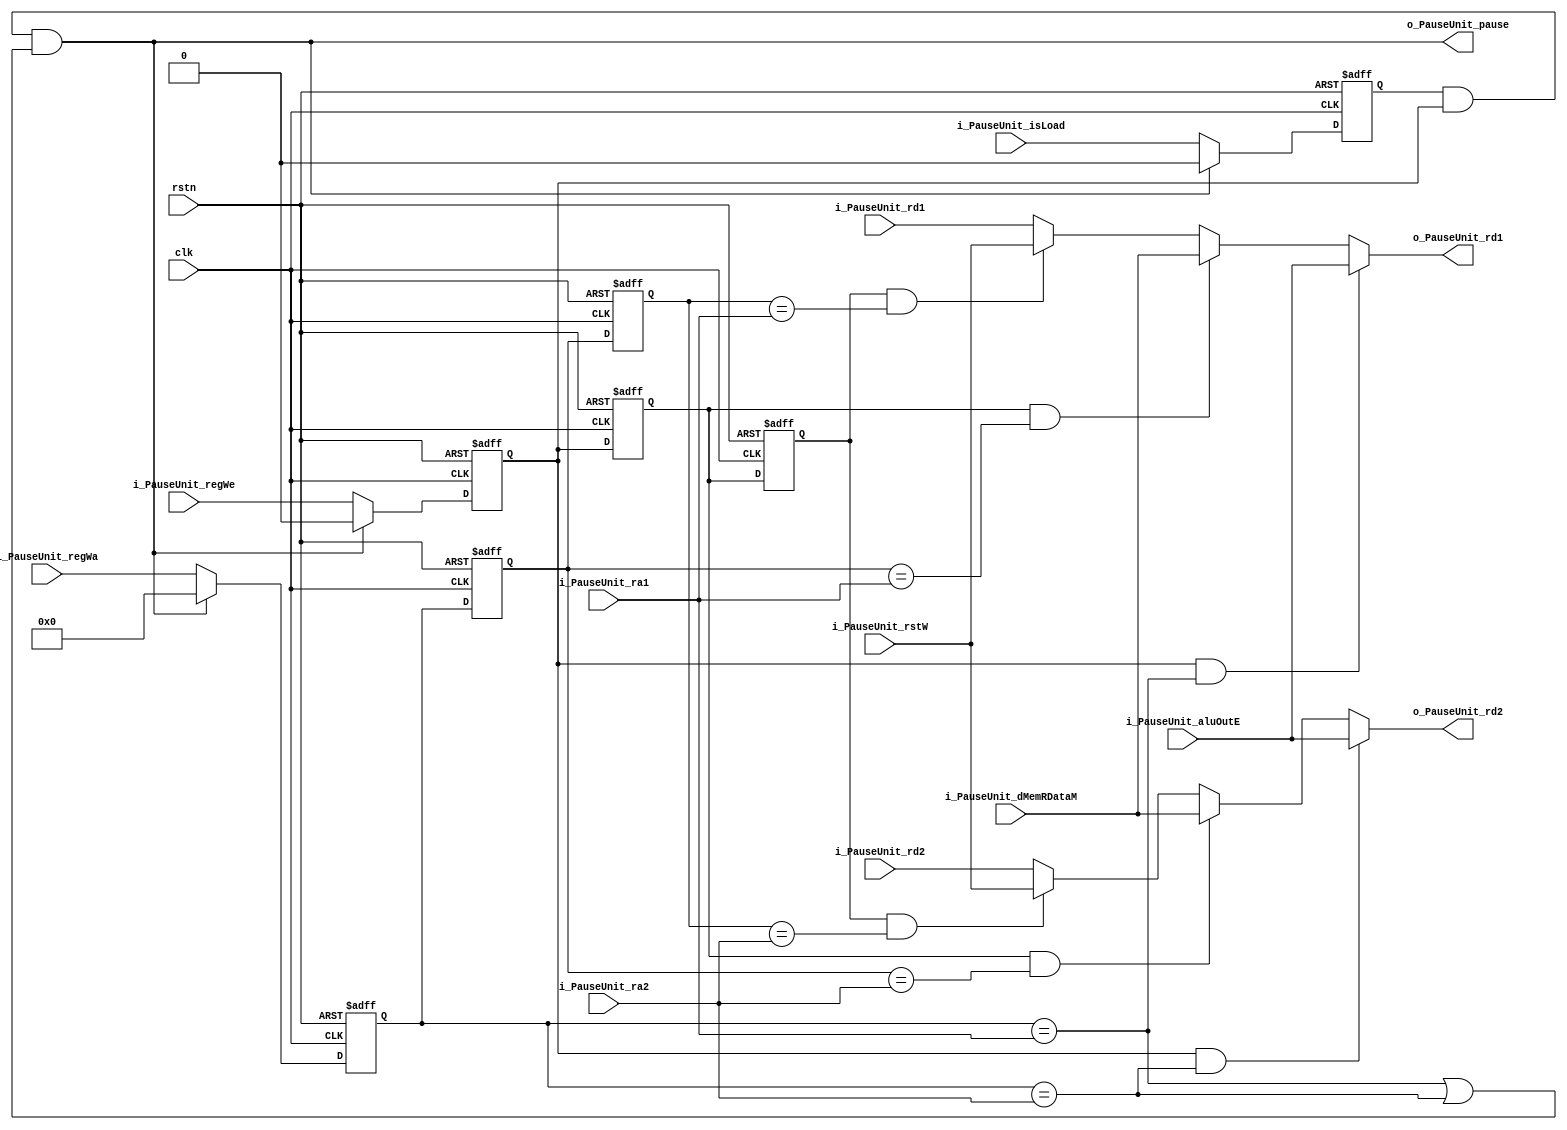
`timescale 1ns / 1ps

module PauseUnit(
	input clk,
	input rstn,
	input [31:0] i_PauseUnit_aluOutE,
	input [31:0]i_PauseUnit_dMemRDataM,
	input [31:0] i_PauseUnit_rstW,
	input [4:0] i_PauseUnit_ra1,
    input [4:0] i_PauseUnit_ra2,
    input [31:0] i_PauseUnit_rd1,
    input [31:0] i_PauseUnit_rd2,
    input [4:0] i_PauseUnit_regWa,
    input i_PauseUnit_regWe,
    input i_PauseUnit_isLoad,

    output o_PauseUnit_pause,
    output [31:0] o_PauseUnit_rd1,
    output [31:0] o_PauseUnit_rd2
	);

reg reg_exe_isL;

reg reg_exe_we;
reg reg_mem_we;
reg reg_wrt_we;

reg [4:0] reg_exe_wa;
reg [4:0] reg_mem_wa;
reg [4:0] reg_wrt_wa;

assign o_PauseUnit_pause = reg_exe_isL && reg_exe_we && (reg_exe_wa == i_PauseUnit_ra1 || reg_exe_wa == i_PauseUnit_ra2);

assign o_PauseUnit_rd1 = (reg_exe_we && reg_exe_wa == i_PauseUnit_ra1) ? i_PauseUnit_aluOutE :
							(reg_mem_we && reg_mem_wa == i_PauseUnit_ra1) ? i_PauseUnit_dMemRDataM : 
							(reg_wrt_we && reg_wrt_wa == i_PauseUnit_ra1) ? i_PauseUnit_rstW : 
							i_PauseUnit_rd1;

assign o_PauseUnit_rd2 = (reg_exe_we && reg_exe_wa == i_PauseUnit_ra2) ? i_PauseUnit_aluOutE :
							(reg_mem_we && reg_mem_wa == i_PauseUnit_ra2) ? i_PauseUnit_dMemRDataM : 
							(reg_wrt_we && reg_wrt_wa == i_PauseUnit_ra2) ? i_PauseUnit_rstW : 
							i_PauseUnit_rd2;

always @(posedge clk or negedge rstn) begin
	if (!rstn) begin
		// reset
		reg_exe_isL <= 0;
		reg_exe_we <= 0;
		reg_mem_we <= 0;
		reg_wrt_we <= 0;
		reg_exe_wa <= 4'b0;
		reg_mem_wa <= 4'b0;
		reg_wrt_wa <= 4'b0;
	end
	else if (o_PauseUnit_pause) begin
		reg_exe_isL <= 0;
		reg_exe_we <= 0;
		reg_exe_wa <= 4'b0;

		reg_mem_we <= reg_exe_we;
		reg_mem_wa <= reg_exe_wa;

		reg_wrt_we <= reg_mem_we;
		reg_wrt_wa <= reg_mem_wa;
	end
	else begin
		reg_exe_isL <= i_PauseUnit_isLoad;
		reg_exe_we <= i_PauseUnit_regWe;
		reg_exe_wa <= i_PauseUnit_regWa;

		reg_mem_we <= reg_exe_we;
		reg_mem_wa <= reg_exe_wa;

		reg_wrt_we <= reg_mem_we;
		reg_wrt_wa <= reg_mem_wa;
	end
end

endmodule